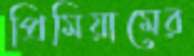
প্রিমিয়ামের